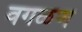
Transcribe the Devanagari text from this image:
वगळण